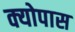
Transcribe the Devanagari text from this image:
क्योपास